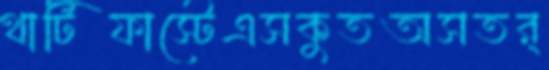
থার্টিফাস্টেএসকুতঅসতর্